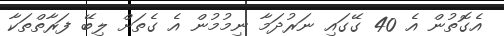
އެގޮތުން އެ 40 ގޭގައި ނަރުދަމާ ނިމުމުން އެ ގެތަށް ލިބޭ ފަރާތްތަކާ